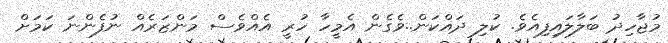
މުޖާހިދު ބަލާލައިފިއެވެ. ކުލި ދައްކަން..ވެގެން އެމީހާ ހުރީ އެއްވެސް މަންޒަރެއް ނުފެންނަ ކަމަށް